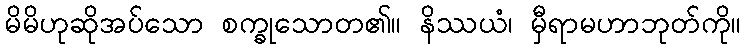
မိမိဟုဆိုအပ်သော စက္ခုသောတ၏။ နိဿယံ၊ မှီရာမဟာဘုတ်ကို။